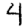
Digit: 4